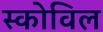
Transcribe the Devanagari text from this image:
स्कोविल